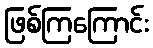
ဖြစ်ကြကြောင်း